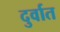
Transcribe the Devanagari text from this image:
दुर्वात